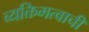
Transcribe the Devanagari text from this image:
व्यक्तिमत्वाची